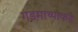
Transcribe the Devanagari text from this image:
गडमाथ्याकडे